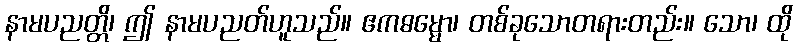
နာမပညတ္တိ၊ ဤ နာမပညတ်ဟူသည်။ ဧကဓမ္မော၊ တစ်ခုသောတရားတည်း။ သော၊ ထို